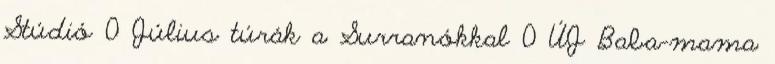
Stúdió 0 Július túrák a Surranókkal 0 ÚJ Baba-mama